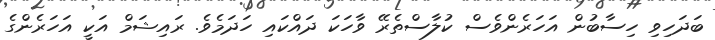
ބަދަހިވި ހިސާބުން އަހަރެންވެސް ކުލާސްތެރޭ ވާހަކަ ދައްކައި ހަދަމެވެ. ރައިޝަމް އަކީ އަހަރެންގެ